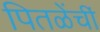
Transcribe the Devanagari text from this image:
पितळेंचीं